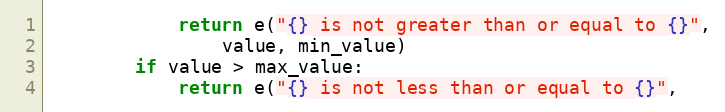
Language: Python
            return e("{} is not greater than or equal to {}",
                value, min_value)
        if value > max_value:
            return e("{} is not less than or equal to {}",